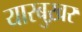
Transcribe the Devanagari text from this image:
यारबुख़र